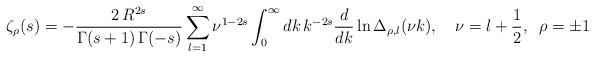
LaTeX: \begin{align*}\zeta_{\rho}(s)=-\frac{2\, R^{2s}}{\Gamma(s+1)\,\Gamma(-s)}\sum_{l=1}^{\infty}\nu^{1-2s}\int_0^{\infty}dk\,k^{-2s}\frac{d}{dk}\ln\Delta_{\rho,l}(\nu k), \quad \nu=l+\frac{1}{2}, \;\;\rho=\pm1 \end{align*}